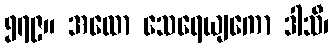
၅၇၉။ အထော သေရေယျကော ဒါသီ၊